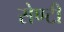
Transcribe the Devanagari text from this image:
सेण्टी